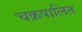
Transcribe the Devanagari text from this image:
चक्रपालित